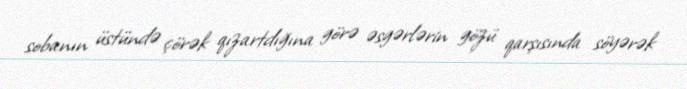
sobanın üstündə çörək qızartdığına görə əsgərlərin gözü qarşısında söyərək